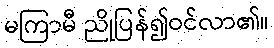
မကြာမီ ညိုပြန်၍ဝင်လာ၏။